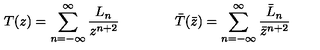
T ( z ) = \sum _ { n = - \infty } ^ { \infty } \frac { L _ { n } } { z ^ { n + 2 } } \qquad \qquad \bar { T } ( \bar { z } ) = \sum _ { n = - \infty } ^ { \infty } \frac { \bar { L } _ { n } } { \bar { z } ^ { n + 2 } }